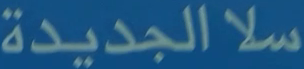
سلا الجديدة